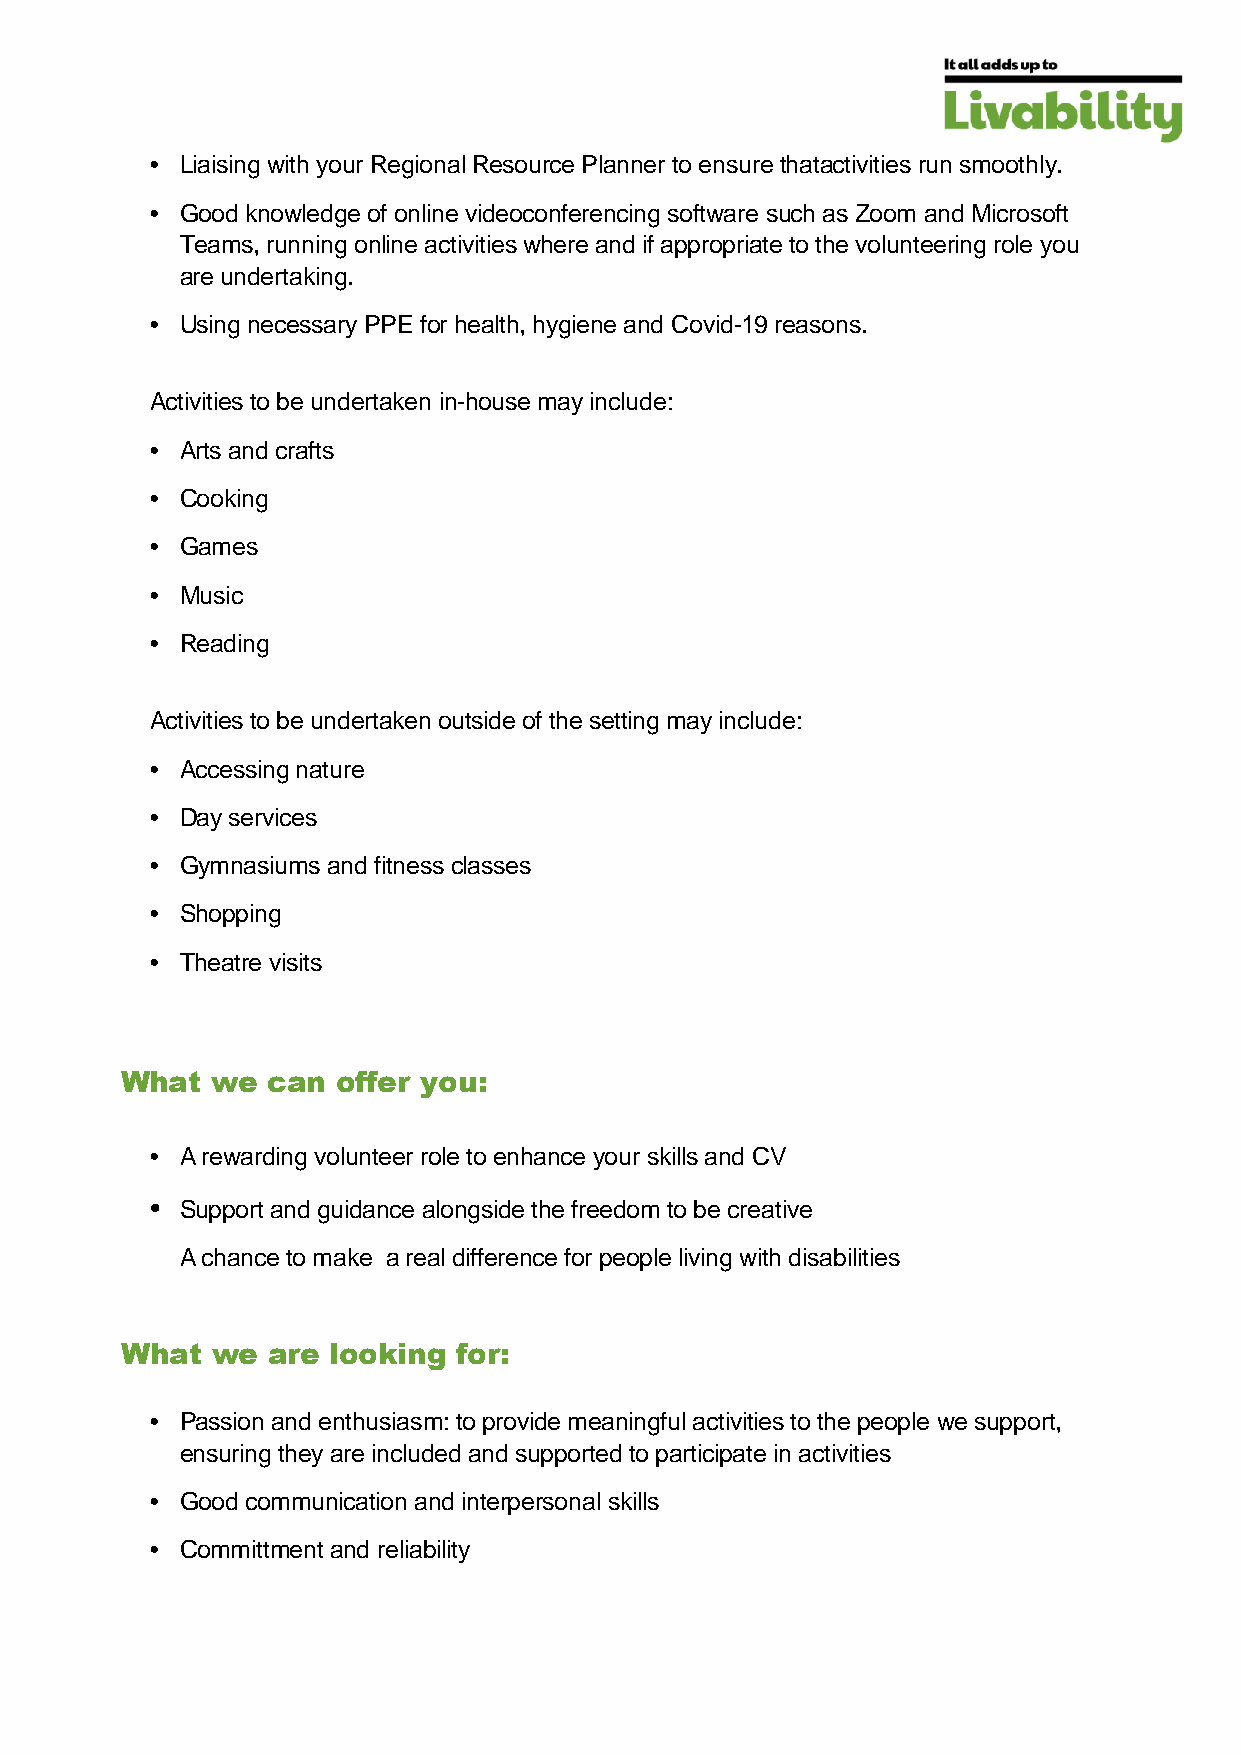
• Liaising with your Regional Resource Planner to ensure thatactivities run smoothly.
 • Good knowledge of online videoconferencing software such as Zoom and Microsoft
 Teams, running online activities where and if appropriate to the volunteering role you
 are undertaking.
 • Using necessary PPE for health, hygiene and Covid-19 reasons.
 Activities to be undertaken in-house may include:
 • Arts and crafts
 • Cooking
 • Games
 • Music
 • Reading
 Activities to be undertaken outside of the setting may include:
 • Accessing nature
 • Day services
 • Gymnasiums and fitness classes
 • Shopping
 • Theatre visits
 What  we  can offer you:
 • A rewarding volunteer role to enhance your skills and CV
 • Support and guidance alongside the freedom to be creative
 A chance to make a real difference for people living with disabilities
 What  we  are looking for:
 • Passion and enthusiasm: to provide meaningful activities to the people we support,
 ensuring they are included and supported to participate in activities
 • Good communication and interpersonal skills
 • Committment and reliability